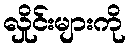
လှိုင်းများကို